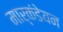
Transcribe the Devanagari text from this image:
मार्कंडेयन